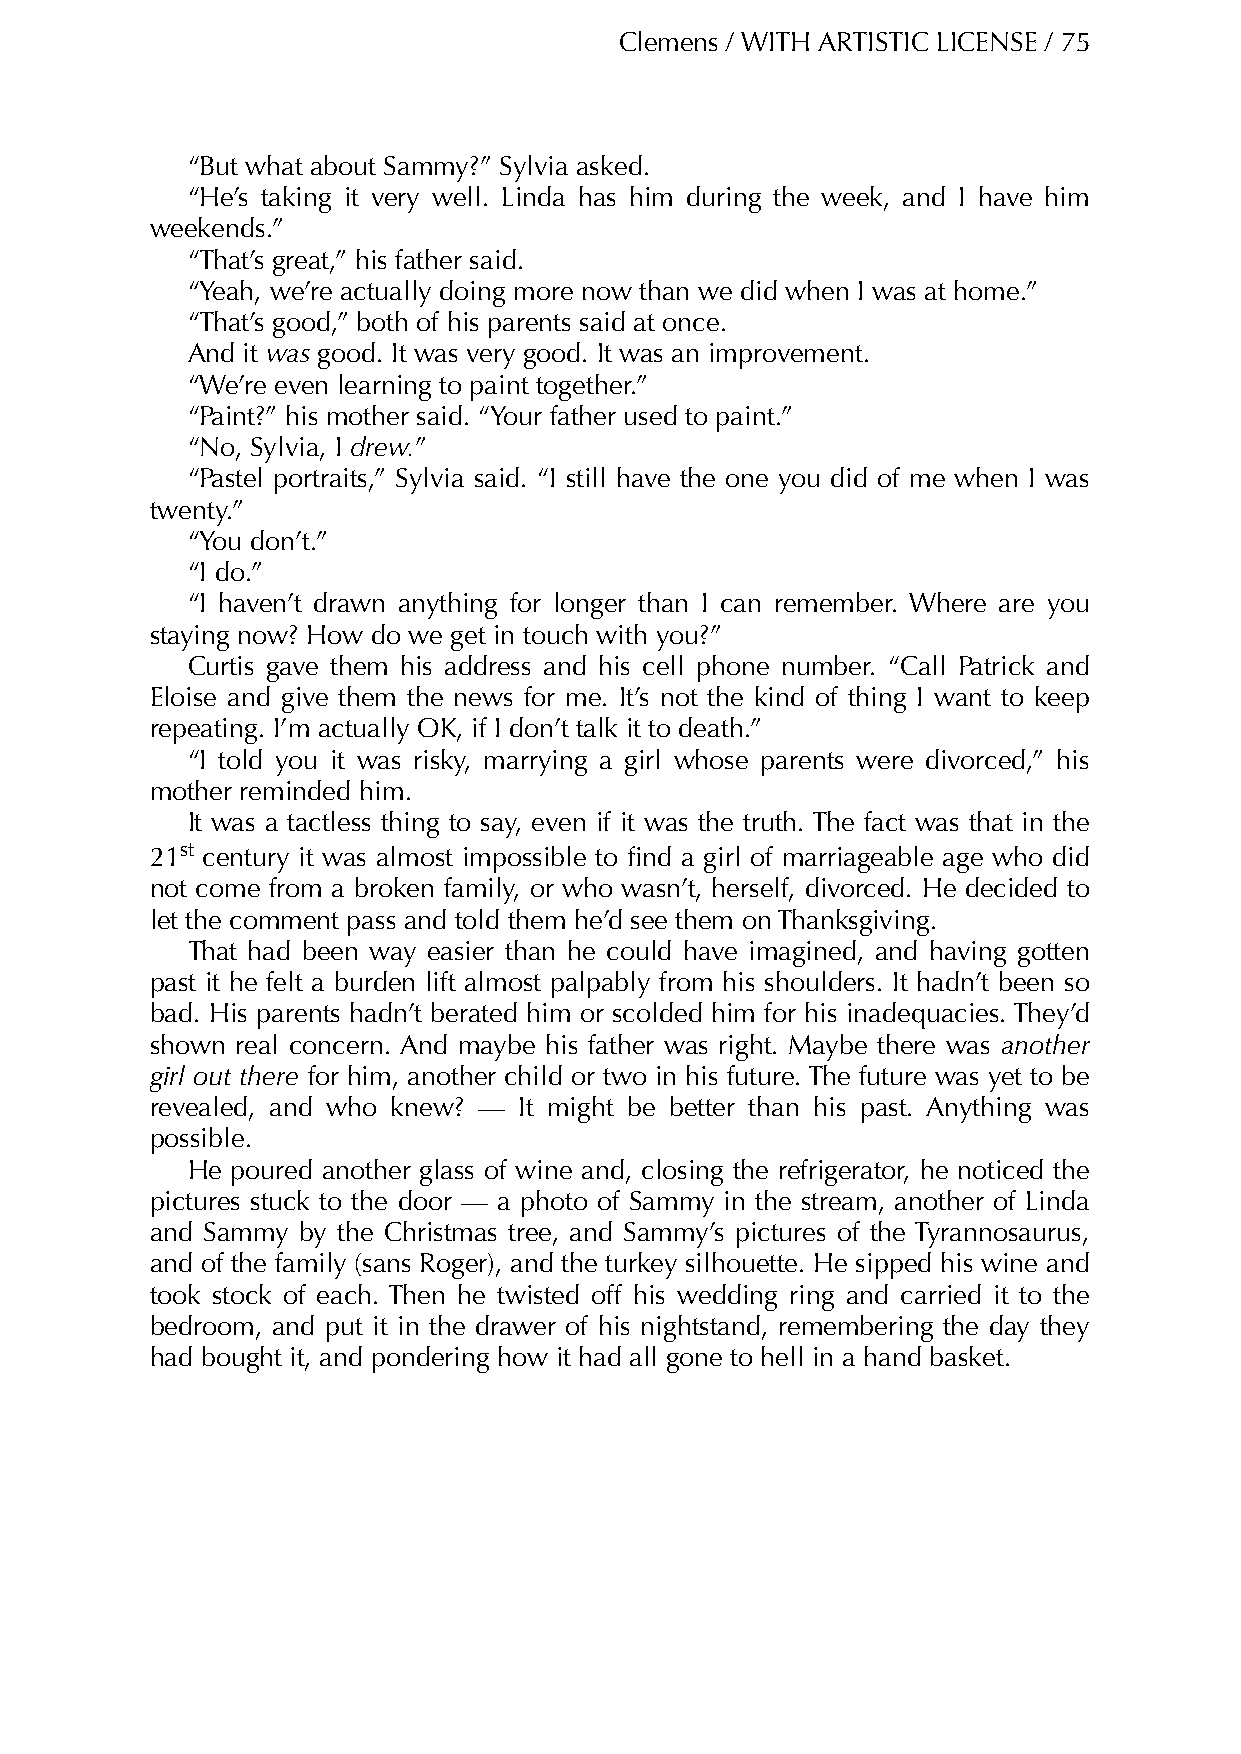
Clemens / WITH ARTISTIC LICENSE / 75
 “But what about Sammy?” Sylvia asked.
 “He’s taking it very well. Linda has him during the week, and I have him
 weekends.”
 “That’s great,” his father said.
 “Yeah, we’re actually doing more now than we did when I was at home.”
 “That’s good,” both of his parents said at once.
 And it was good. It was very good. It was an improvement.
 “We’re even learning to paint together.”
 “Paint?” his mother said. “Your father used to paint.”
 “No, Sylvia, I drew.”
 “Pastel portraits,” Sylvia said. “I still have the one you did of me when I was
 twenty.”
 “You don’t.”
 “I do.”
 “I haven’t drawn anything for longer than I can remember. Where are you
 staying now? How do we get in touch with you?”
 Curtis gave them his address and his cell phone number. “Call Patrick and
 Eloise and give them the news for me. It’s not the kind of thing I want to keep
 repeating. I’m actually OK, if I don’t talk it to death.”
 “I told you it was risky, marrying a girl whose parents were divorced,” his
 mother reminded him.
 It was a tactless thing to say, even if it was the truth. The fact was that in the
 21st century it was almost impossible to find a girl of marriageable age who did
 not come from a broken family, or who wasn’t, herself, divorced. He decided to
 let the comment pass and told them he’d see them on Thanksgiving.
 That had been way easier than he could have imagined, and having gotten
 past it he felt a burden lift almost palpably from his shoulders. It hadn’t been so
 bad. His parents hadn’t berated him or scolded him for his inadequacies. They’d
 shown real concern. And maybe his father was right. Maybe there was another
 girl out there for him, another child or two in his future. The future was yet to be
 revealed, and who knew? — It might be better than his past. Anything was
 possible.
 He poured another glass of wine and, closing the refrigerator, he noticed the
 pictures stuck to the door — a photo of Sammy in the stream, another of Linda
 and Sammy by the Christmas tree, and Sammy’s pictures of the Tyrannosaurus,
 and of the family (sans Roger), and the turkey silhouette. He sipped his wine and
 took stock of each. Then he twisted off his wedding ring and carried it to the
 bedroom, and put it in the drawer of his nightstand, remembering the day they
 had bought it, and pondering how it had all gone to hell in a hand basket.